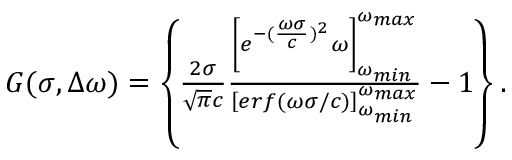
\begin{array} { r } { G ( \sigma , \Delta \omega ) = \left\{ \frac { 2 \sigma } { \sqrt { \pi } c } \frac { \left[ e ^ { - ( \frac { \omega \sigma } { c } ) ^ { 2 } } \omega \right] _ { \omega _ { m i n } } ^ { \omega _ { m a x } } } { \left[ e r f ( \omega \sigma / c ) \right] _ { \omega _ { m i n } } ^ { \omega _ { m a x } } } - 1 \right\} . } \end{array}